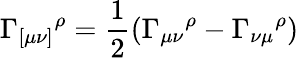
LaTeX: \Gamma_{[\mu\nu]}{}^{\rho}=\frac{1}{2}\left(\Gamma_{\mu\nu}{}^{\rho}-\Gamma_{\nu\mu}{}^{\rho}\right)